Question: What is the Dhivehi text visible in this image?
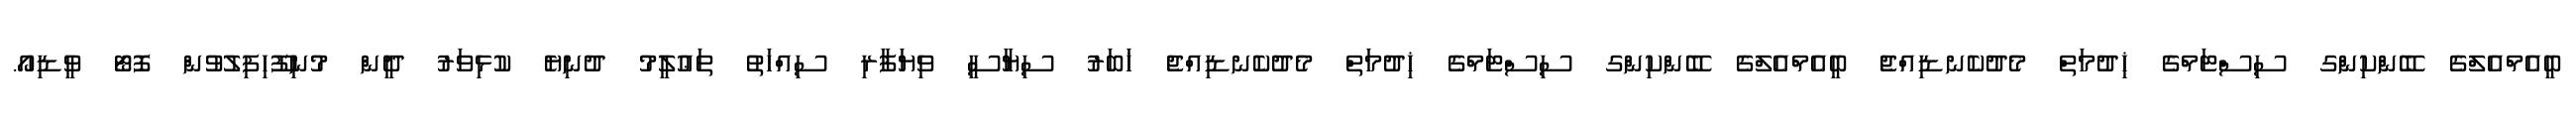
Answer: ބީއެމްއެލްގެ ބޭންކިންގ ސިސްޓަމްގެ ޚިދުމަތް މެދުކެނޑިއްޖެ ބީއެމްއެލްގެ ބޭންކިންގ ސިސްޓަމްގެ ޚިދުމަތް މެދުކެނޑިއްޖެ ޚަބަރު ސިޔާސީ ވިޔަފާރި ސިއްހަތު ތަޢުލީމު ދުނިޔެ ކުޅިވަރު ދީން މުނިފޫހިފިލުވުން ފޮޓޯ ވީޑިއޯ.